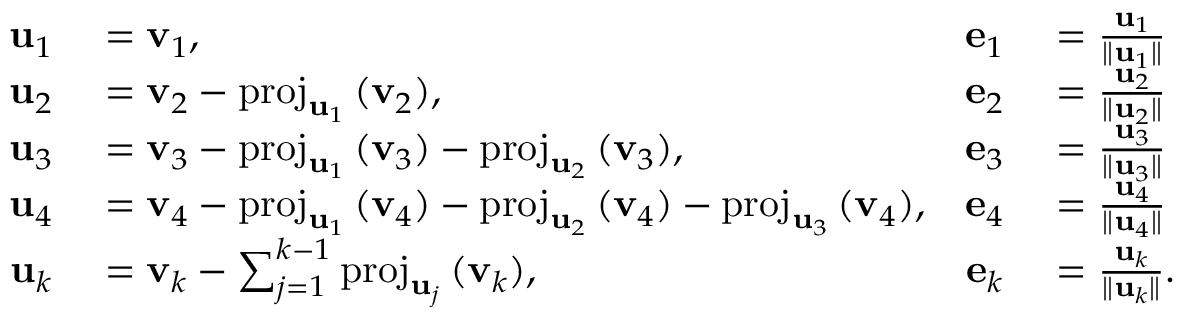
\begin{array} { r l r l } { \mathbf { u } _ { 1 } } & { { } = \mathbf { v } _ { 1 } , } & { \mathbf { e } _ { 1 } } & { { } = { \frac { \mathbf { u } _ { 1 } } { \| \mathbf { u } _ { 1 } \| } } } \\ { \mathbf { u } _ { 2 } } & { { } = \mathbf { v } _ { 2 } - \mathrm { p r o j } _ { \mathbf { u } _ { 1 } } \, ( \mathbf { v } _ { 2 } ) , } & { \mathbf { e } _ { 2 } } & { { } = { \frac { \mathbf { u } _ { 2 } } { \| \mathbf { u } _ { 2 } \| } } } \\ { \mathbf { u } _ { 3 } } & { { } = \mathbf { v } _ { 3 } - \mathrm { p r o j } _ { \mathbf { u } _ { 1 } } \, ( \mathbf { v } _ { 3 } ) - \mathrm { p r o j } _ { \mathbf { u } _ { 2 } } \, ( \mathbf { v } _ { 3 } ) , } & { \mathbf { e } _ { 3 } } & { { } = { \frac { \mathbf { u } _ { 3 } } { \| \mathbf { u } _ { 3 } \| } } } \\ { \mathbf { u } _ { 4 } } & { { } = \mathbf { v } _ { 4 } - \mathrm { p r o j } _ { \mathbf { u } _ { 1 } } \, ( \mathbf { v } _ { 4 } ) - \mathrm { p r o j } _ { \mathbf { u } _ { 2 } } \, ( \mathbf { v } _ { 4 } ) - \mathrm { p r o j } _ { \mathbf { u } _ { 3 } } \, ( \mathbf { v } _ { 4 } ) , } & { \mathbf { e } _ { 4 } } & { { } = { \frac { \mathbf { u } _ { 4 } } { \| \mathbf { u } _ { 4 } \| } } } \\ { \mathbf { u } _ { k } } & { { } = \mathbf { v } _ { k } - \sum _ { j = 1 } ^ { k - 1 } \mathrm { p r o j } _ { \mathbf { u } _ { j } } \, ( \mathbf { v } _ { k } ) , } & { \mathbf { e } _ { k } } & { { } = { \frac { \mathbf { u } _ { k } } { \| \mathbf { u } _ { k } \| } } . } \end{array}